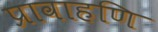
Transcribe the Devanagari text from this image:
प्रावाहणि